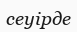
сеуірде